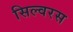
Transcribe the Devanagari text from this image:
सिल्वरस